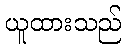
ယူထားသည်